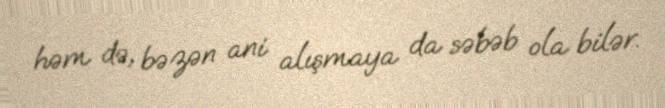
həm də, bəzən ani alışmaya da səbəb ola bilər.